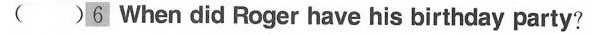
()6 When did Roger have his birthday party?